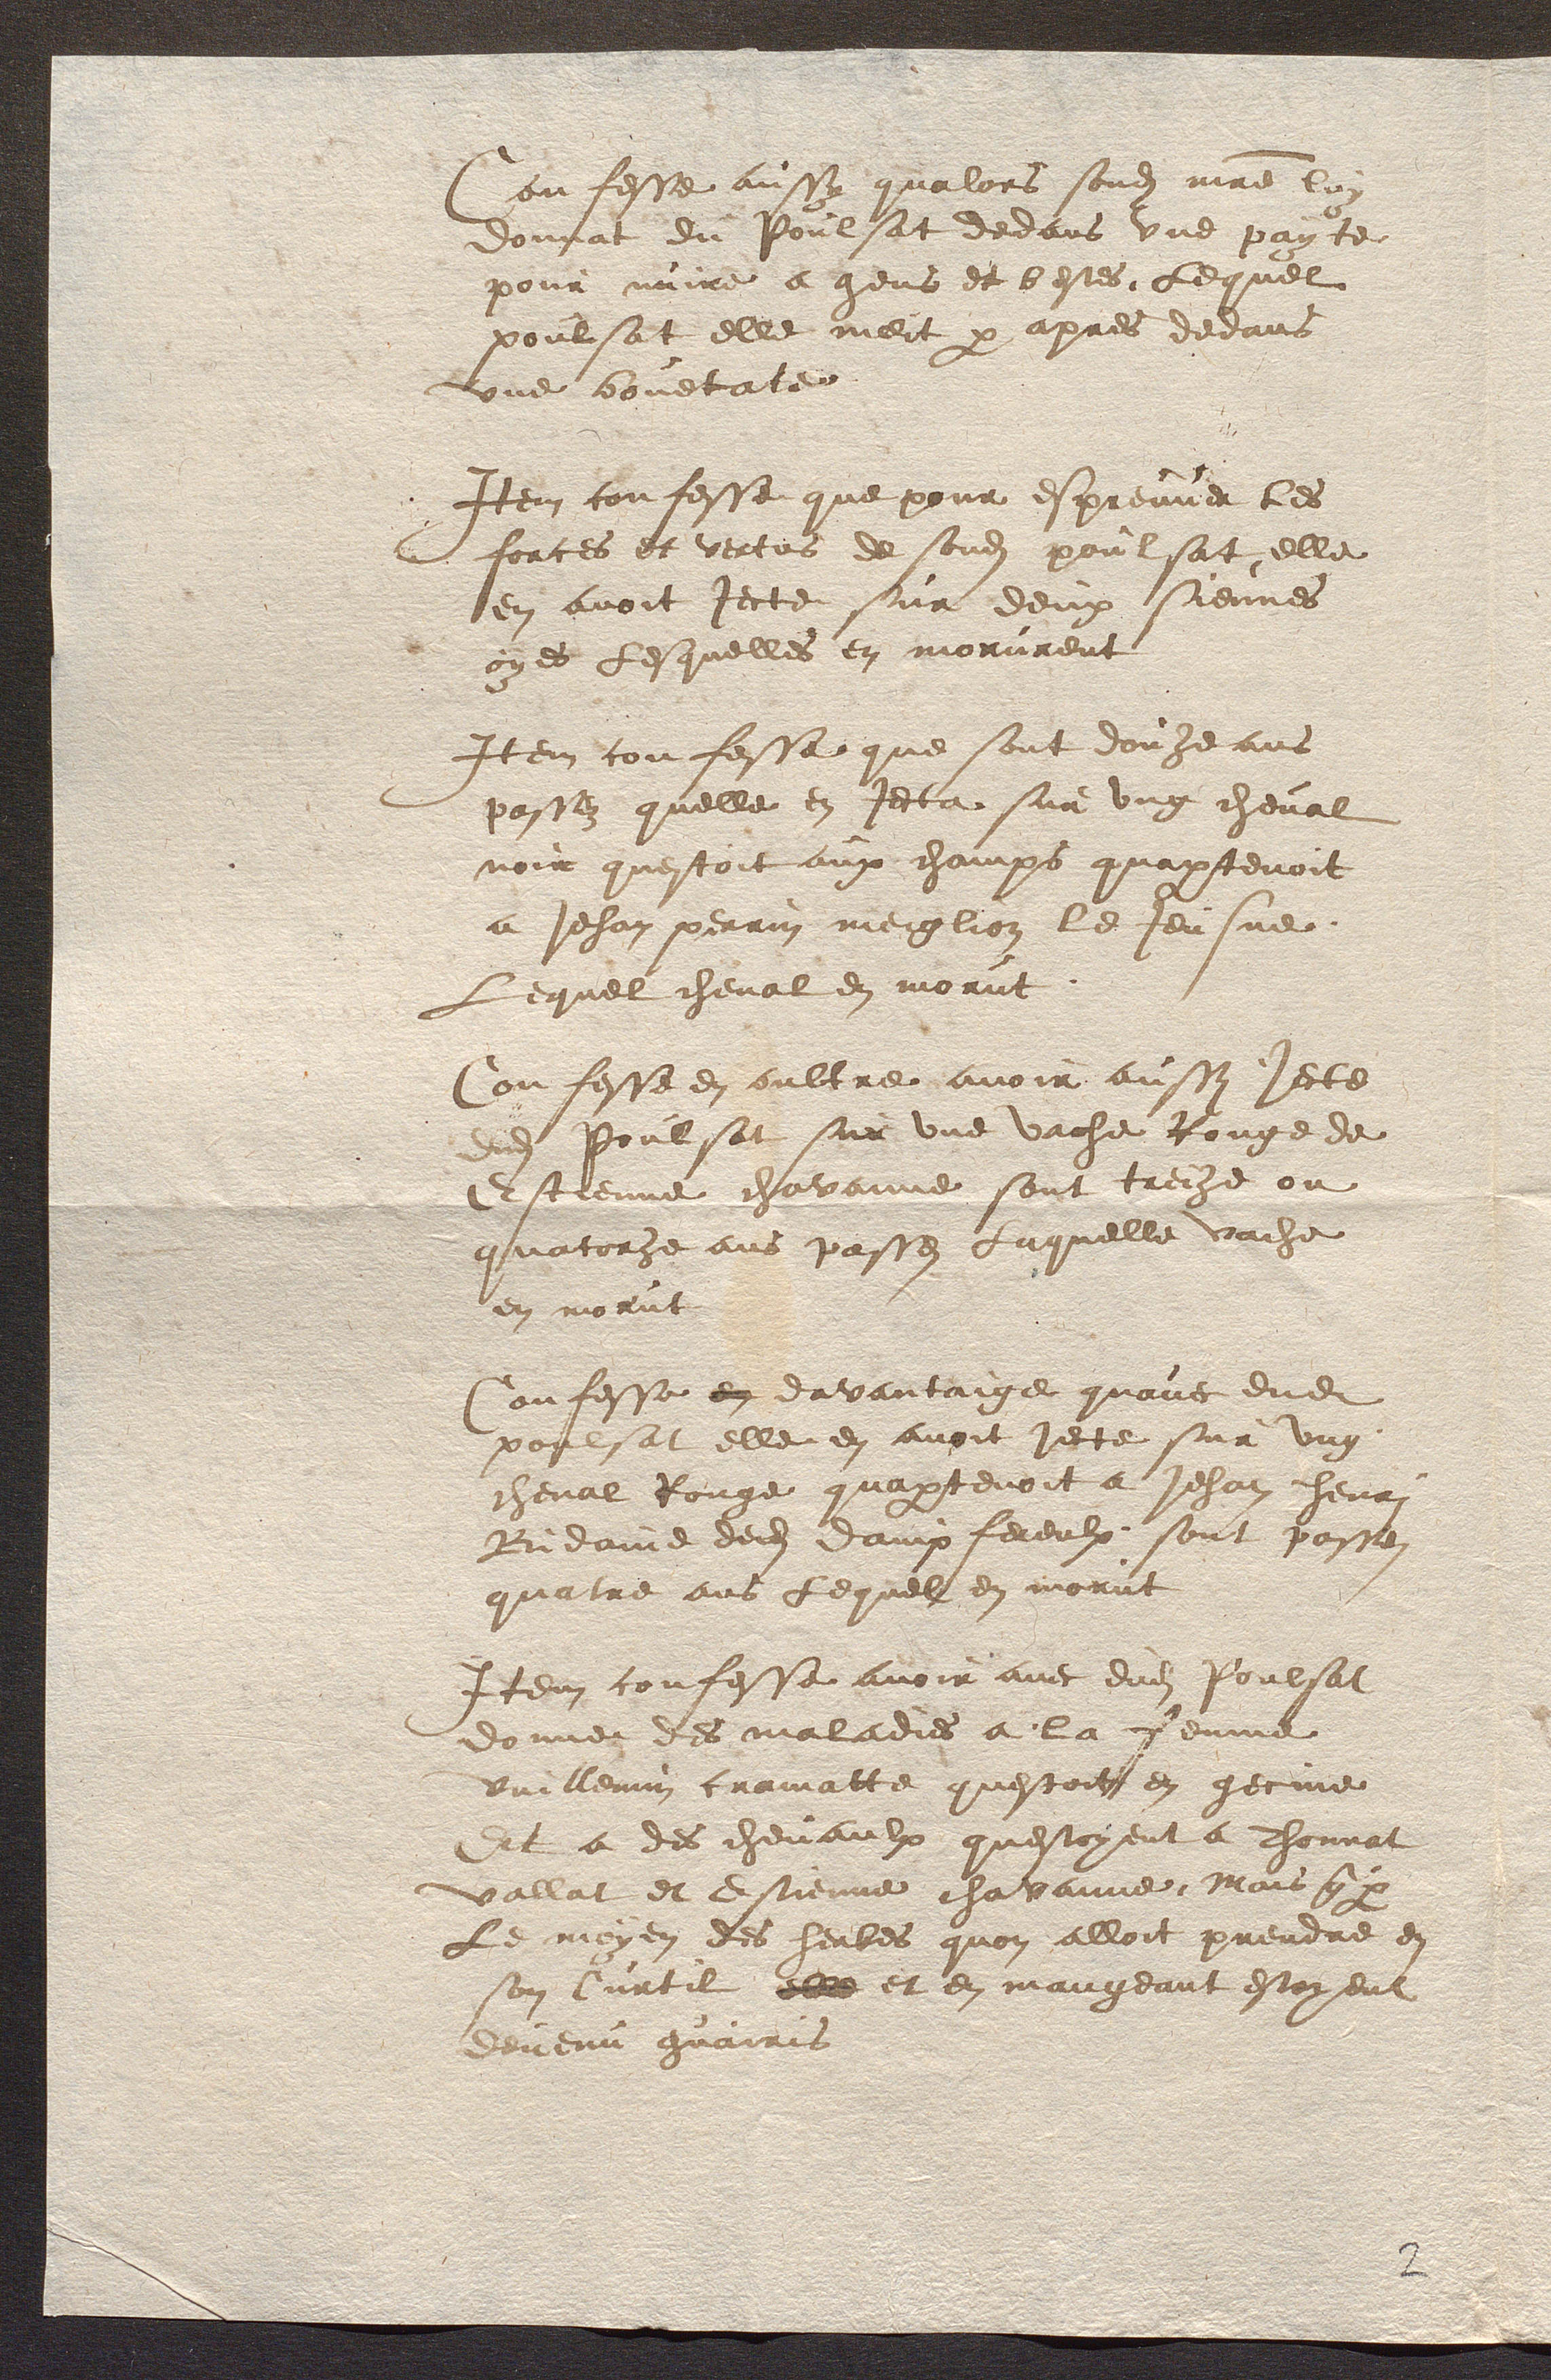
Confesse aussy qualors sondit maitre loi
donnat du Poulsat dedans une payte
pour nuire a gens et bestes, Lequel
poulsat elle meit par apres decans
une bouetate
Item confesse que pour espreuver les
forces et vertus de sondit poulsat elle
en avoit jecte sur deux siennes
oyes Lesquelles en morurent
Item confessa que sont donze ans
passen quelle en jeta sur ung cheval
noir questoit aux champs quaptenoit
a Jehan perrin meiglion le Jeusne
Lequel cheval en morut
Confesse en oultre avoir aussy jecte
dit Poulsat sur une vache Rouge de
Estienne chavanne sont treche ou
quatorhe ans passes Laquelle vache
en morut
Confesse en davantaige quavec dudit
poulsat elle en avoit jecte sur ung
cheval Rouge quaptenoit a Jehan henri
Bidaine dedit dampfereulx sont passen
quatre ans Lequel en morut
Item confesse avoir avec dudit Poulsat
donner des maladies a la fenme
vuillemin cramatte questoit en gecine
Et a des chevaulx questoyent a Thovnat
vallat et Estienne chavanne, Mois quu
Le moyen des herbes quon alloit prendre en
son Curtil elle et en mangeant estoyent
devenu guairis